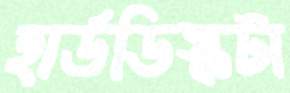
হার্ডডিস্কটা